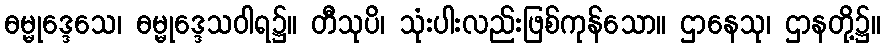
ဓမ္မုဒ္ဒေသေ၊ ဓမ္မုဒ္ဒေသဝါရ၌။ တီသုပိ၊ သုံးပါးလည်းဖြစ်ကုန်သော။ ဌာနေသု၊ ဌာနတို့၌။